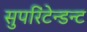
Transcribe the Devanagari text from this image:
सुपरिंटेन्डन्ट